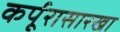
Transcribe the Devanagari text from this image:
कर्पूरासारखा